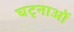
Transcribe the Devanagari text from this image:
घट्नाओं